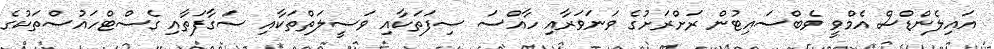
އައިލެންޑްސް އެމްވީ ވެބްސައިޓުން ރަށްރަށުގެ ވަނަވަރާއި ހާއްސަ ސިފަތަކާއި ވަސީލަތްތަކާއި ސަގާފަތާއި ގެސްޓްހައުސްތަކުގެ